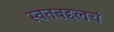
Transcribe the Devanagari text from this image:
स्वतबद्दलचं